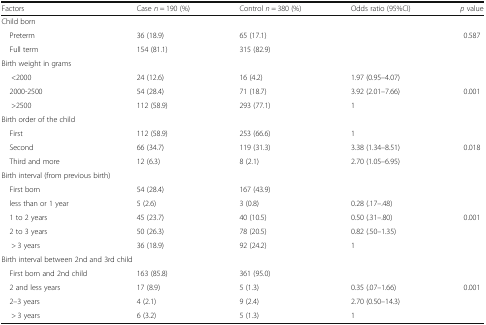
<table><thead><tr><td><b>Factors</b></td><td><b>Case <i>n</i> = 190 (%)</b></td><td><b>Control <i>n</i> = 380 (%)</b></td><td><b>Odds ratio (95%CI)</b></td><td><b><i>p</i> value</b></td></tr></thead><tbody><tr><td colspan="5">Child born</td></tr><tr><td> Preterm</td><td>36 (18.9)</td><td>65 (17.1)</td><td></td><td rowspan="2">0.587</td></tr><tr><td> Full term</td><td>154 (81.1)</td><td>315 (82.9)</td><td></td></tr><tr><td colspan="5">Birth weight in grams</td></tr><tr><td>&lt;2000</td><td>24 (12.6)</td><td>16 (4.2)</td><td>1.97 (0.95–4.07)</td><td></td></tr><tr><td> 2000-2500</td><td>54 (28.4)</td><td>71 (18.7)</td><td>3.92 (2.01–7.66)</td><td>0.001</td></tr><tr><td>&gt;2500</td><td>112 (58.9)</td><td>293 (77.1)</td><td>1</td><td></td></tr><tr><td colspan="5">Birth order of the child</td></tr><tr><td> First</td><td>112 (58.9)</td><td>253 (66.6)</td><td>1</td><td></td></tr><tr><td> Second</td><td>66 (34.7)</td><td>119 (31.3)</td><td>3.38 (1.34–8.51)</td><td>0.018</td></tr><tr><td> Third and more</td><td>12 (6.3)</td><td>8 (2.1)</td><td>2.70 (1.05–6.95)</td><td></td></tr><tr><td colspan="5">Birth interval (from previous birth)</td></tr><tr><td> First born</td><td>54 (28.4)</td><td>167 (43.9)</td><td></td><td></td></tr><tr><td> less than or 1 year</td><td>5 (2.6)</td><td>3 (0.8)</td><td>0.28 (.17–.48)</td><td></td></tr><tr><td> 1 to 2 years</td><td>45 (23.7)</td><td>40 (10.5)</td><td>0.50 (.31–.80)</td><td>0.001</td></tr><tr><td> 2 to 3 years</td><td>50 (26.3)</td><td>78 (20.5)</td><td>0.82 (.50–1.35)</td><td></td></tr><tr><td>&gt; 3 years</td><td>36 (18.9)</td><td>92 (24.2)</td><td>1</td><td></td></tr><tr><td colspan="5">Birth interval between 2nd and 3rd child</td></tr><tr><td> First born and 2nd child</td><td>163 (85.8)</td><td>361 (95.0)</td><td></td><td></td></tr><tr><td> 2 and less years</td><td>17 (8.9)</td><td>5 (1.3)</td><td>0.35 (.07–1.66)</td><td>0.001</td></tr><tr><td> 2–3 years</td><td>4 (2.1)</td><td>9 (2.4)</td><td>2.70 (0.50–14.3)</td><td></td></tr><tr><td>&gt; 3 years</td><td>6 (3.2)</td><td>5 (1.3)</td><td>1</td><td></td></tr></tbody></table>